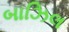
બાઝિલ